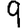
Digit: 9